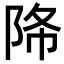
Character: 𨹓